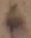
Text: 6